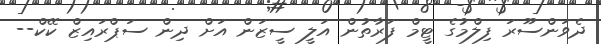
ދެވަންސޫރަ ފިލްމުގެ ޓީމް ފަރާތުން އަލީ ސީޒަން އަށް ދިން ސަޕްރައިޒް ކޭކް--